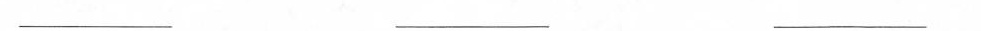
___ ___ ___